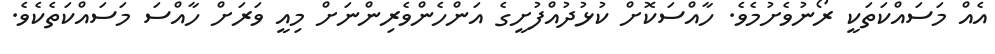
އެއް މަސައްކަތަކީ ރޯނުވެށުމެވެ. ހާއްސަކޮށް ކުޅުދުއްފުށީގެ އަންހެންވެރިންނަށް މިއީ ވަރަށް ހާއްސަ މަސައްކަތެކެވެ.